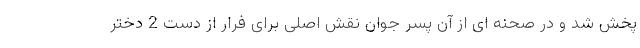
پخش شد و در صحنه ای از آن پسر جوان نقش اصلی برای فرار از دست 2 دختر